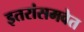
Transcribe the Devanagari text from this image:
इतरांसमवेत